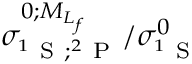
{ \sigma } _ { ^ 1 \mathrm { ~ S ~ } ; ^ { 2 } \mathrm { ~ P ~ } } ^ { 0 ; { M } _ { { L } _ { f } } } / { \sigma } _ { ^ 1 \mathrm { ~ S ~ } } ^ { 0 }